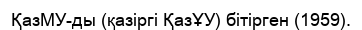
ҚазМУ-ды (қазіргі ҚазҰУ) бітірген (1959).